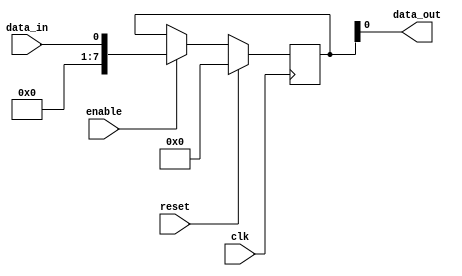
module register (
    input data_in,    // Input data signal
    input clk,        // Clock signal
    input enable,     // Enable signal
    input reset,      // Reset signal
    output reg data_out // Output data signal
);

reg [7:0] reg_data; // 8-bit register to store data values

always @(posedge clk) begin
    if (reset) begin
        reg_data <= 8'b0; // Clear register contents
    end else begin
        if (enable) begin
            reg_data <= data_in; // Store input data value
        end
    end
end

assign data_out = reg_data; // Output registered data

endmodule